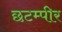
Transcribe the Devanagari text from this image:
छटम्पीर